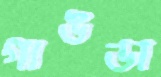
গাঙডা